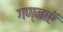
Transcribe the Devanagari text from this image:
गण्नाऍ